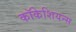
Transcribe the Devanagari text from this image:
कॉकेशियन्स